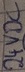
Text: 24VDC